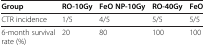
<table><thead><tr><td><b>Group</b></td><td><b>RO-10Gy</b></td><td><b>FeO NP-10Gy</b></td><td><b>RO-40Gy</b></td><td><b>FeO NP-40Gy</b></td></tr></thead><tbody><tr><td>CTR incidence</td><td>1/5</td><td>4/5</td><td>5/5</td><td>5/5</td></tr><tr><td>6-month survival rate (%)</td><td>20</td><td>80</td><td>100</td><td>100</td></tr></tbody></table>